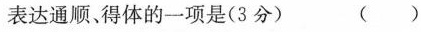
表达通顺、得体的一项是(3分) ()